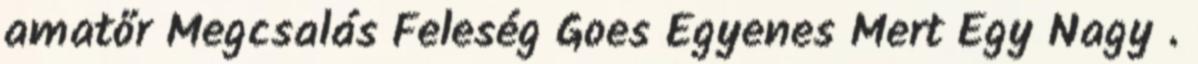
amatőr Megcsalás Feleség Goes Egyenes Mert Egy Nagy .